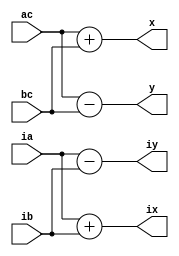
`timescale 1ns/1ps

module bfly2(
input[31:0] ac,bc,ia,ib,
output [31:0] x,y,ix,iy
);
assign x=ac+bc;
assign ix=ia+ib;
assign y=ac-bc;
assign iy=ia-ib;

endmodule

module bfly21(
input[63:0] ac,bc,ia,ib,
output [63:0] x,y,ix,iy
);
assign x=ac+bc;
assign ix=ia+ib;
assign y=ac-bc;
assign iy=ia-ib;

endmodule